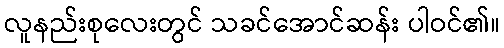
လူနည်းစုလေးတွင် သခင်အောင်ဆန်း ပါဝင်၏။